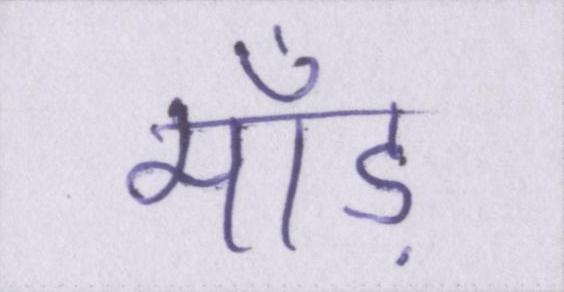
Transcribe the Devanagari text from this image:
माँड़